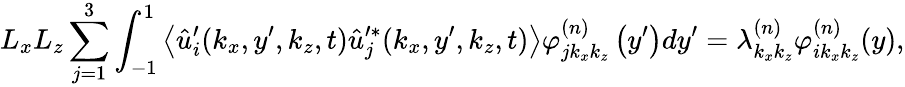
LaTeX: L_{x}L_{z}\sum_{j=1}^{3}\int_{-1}^{1}\left\langle\hat{u}_{i}^{\prime}(k_{x},y^{\prime},k_{z},t)\hat{u}_{j}^{\prime*}(k_{x},y^{\prime},k_{z},t)\right\rangle\varphi_{jk_{x}k_{z}}^{(n)}\left(y^{\prime}\right)dy^{\prime}=\lambda_{k_{x}k_{z}}^{(n)}\varphi_{ik_{x}k_{z}}^{(n)}(y),